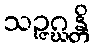
သဉ္ဇဂ္ဃန္တိ